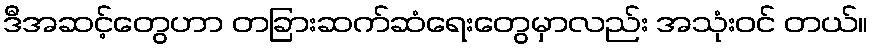
ဒီအဆင့်တွေဟာ တခြားဆက်ဆံရေးတွေမှာလည်း အသုံးဝင် တယ်။